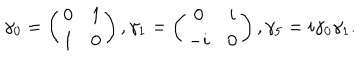
LaTeX: \gamma _ { 0 } = \left( \begin{array} { c c } { { 0 } } & { { 1 } } \\ { { 1 } } & { { 0 } } \\ \end{array} \right) , \gamma _ { 1 } = \left( \begin{array} { c c } { { 0 } } & { { i } } \\ { { - i } } & { { 0 } } \\ \end{array} \right) , \gamma _ { 5 } = i \gamma _ { 0 } \gamma _ { 1 } .